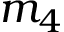
m _ { 4 }